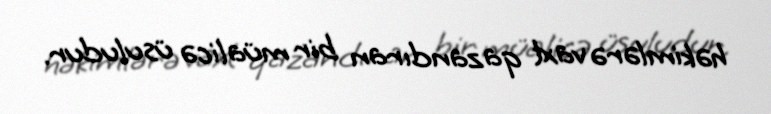
həkimlərə vaxt qazandıran bir müalicə üsuludur.